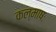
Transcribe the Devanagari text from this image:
कल्माषः